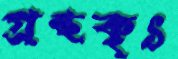
গ্রন্থকৃৎ